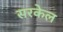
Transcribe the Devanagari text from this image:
सरकेल